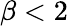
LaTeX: \beta<2